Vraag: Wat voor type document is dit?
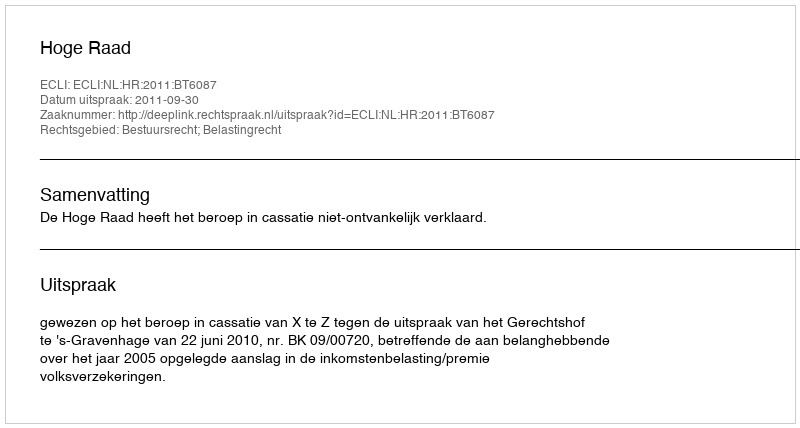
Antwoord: Uitspraak